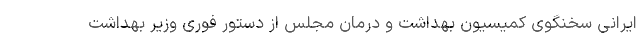
ایرانی سخنگوی کمیسیون بهداشت و درمان مجلس از دستور فوری وزیر بهداشت